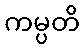
ကမ္ပတိ